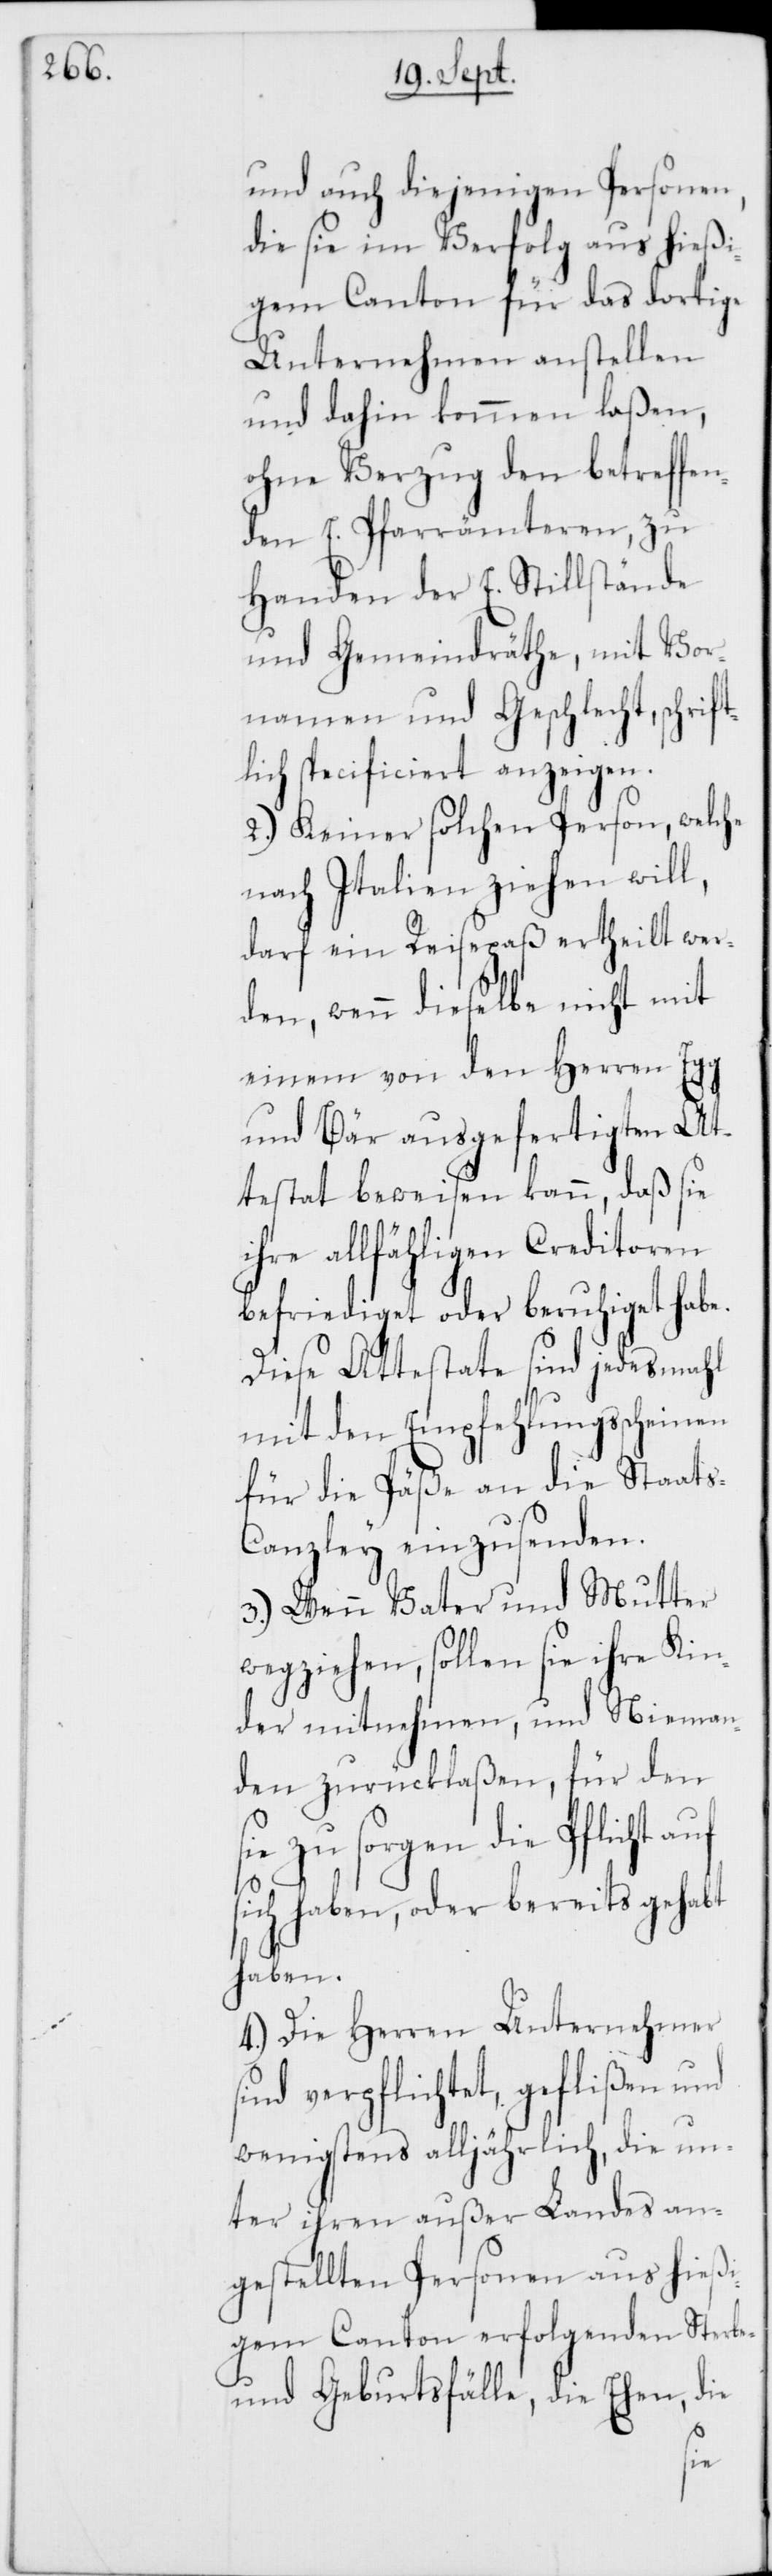
und auch diejenigen Personen,
die sie im Verfolg aus hießi¬
gem Canton für das dortige
Unternehmen anstellen
und dahin kommen laßen,
ohne Verzug den betreffen¬
den E. Pfarrämteren, zu
Handen der E. Stillstände
und Gemeindräte, mit Vor¬
namen und Geschlecht, schrif¬
tlich specificiert anzeigen.
2.) Keiner solchen Person, welche
nach Italien ziehen will,
darf ein Reisepaß ertheilt wer¬
den, wenn dieselbe nicht mit
einem von den Herren Egg
und Bär ausgefertigten At¬
testat beweisen kann, daß sie
ihre allfähligen Creditoren
befriediget oder beruhiget habe.
Diese Attestate sind jedes Mahl
mit dem Empfehlungsscheinen
für die Päße an die Staat¬
anzley einzusenden.
3.) Wenn Vater und Mutter
wegziehen, sollen sie ihre Kin¬
der mitnehmen, und Nieman¬
den zurücklaßen, für den
zu sorgen die Pflicht
sich haben, oder bereits gehabt
haben.
4.) Die Herren Unternehmer
sind verpflichtet, geflißen und
wenigstens alljährlich, die un¬
ter ihren außer Landes an¬
gestellten Personen aus hießi¬
gem Canton erfolgenden Sterbe-
und Geburtsfälle, die Ehen, die
sie